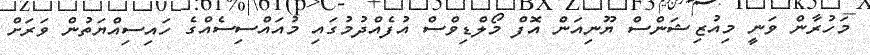
މަހުރާން ވަނީ މިއުޒިޝަންސް ޔޫނިއަން އޮފް މޯލްޑިވްސް އުފެއްދުމުގައި މުއައްސިސެއްގެ ހައިސިއްޔަތުން ވަރަށް